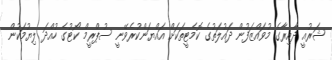
ޝަރުއީ ދާއިރާގެ މުވައްޒަފުން ދައުލަތުގެ ކޮމެޓީތަކަށް އައްޔަންކުރެވޭނީ ސުޕްރީމް ކޯޓުގެ ހުއްދަ ލިޔުމަކުން